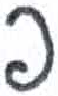
אות: פ